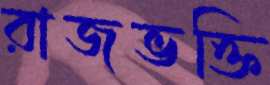
রাজভক্তি